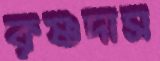
কৃষ্ণদাস